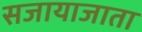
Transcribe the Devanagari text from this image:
सजायाजाता